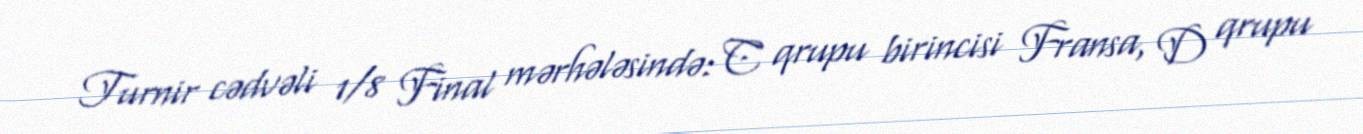
Turnir cədvəli 1/8 Final mərhələsində: C qrupu birincisi Fransa, D qrupu